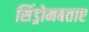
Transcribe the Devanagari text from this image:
सिंड्रोमबताए